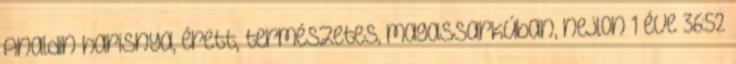
Analdin harisnya, érett, természetes, magassarkúban, nejlon 1 éve 36:52